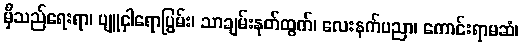
မှီသည်ရေးရာ၊ ပျူငှါရောပြွမ်း၊ သာချမ်းနုတ်ထွက်၊ လေးနက်ပညာ၊ ကောင်းရာမဆံ၊